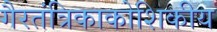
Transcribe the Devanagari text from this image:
गैरतंत्रिकाकोशिकीय